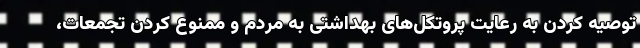
توصیه کردن به رعایت پروتکل‌های بهداشتی به مردم و ممنوع کردن تجمعات،